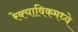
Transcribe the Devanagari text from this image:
रेक्याविकमध्ये